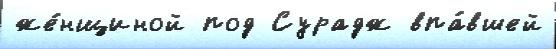
же́нщиной под Сурадж впа́вшей